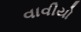
વાવીયો